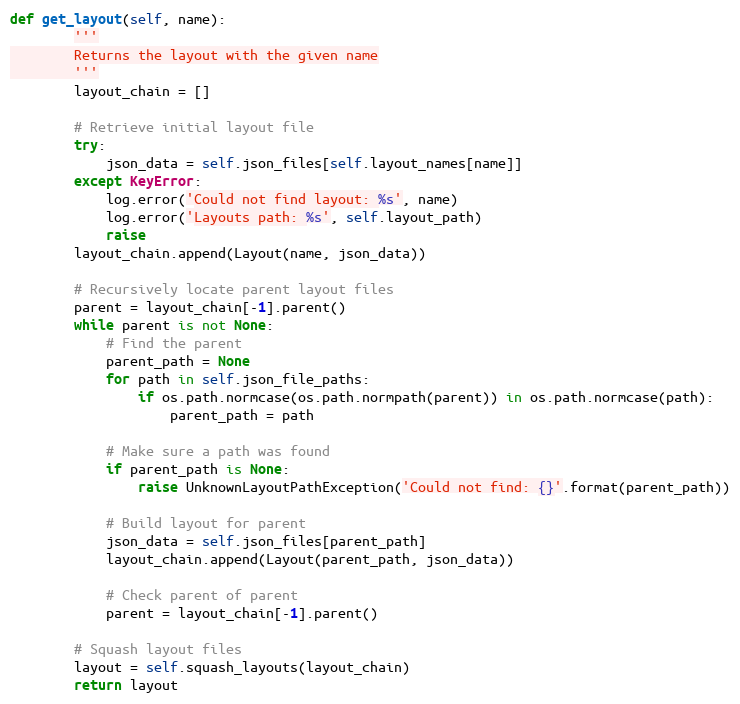
Language: Python
def get_layout(self, name):
        '''
        Returns the layout with the given name
        '''
        layout_chain = []

        # Retrieve initial layout file
        try:
            json_data = self.json_files[self.layout_names[name]]
        except KeyError:
            log.error('Could not find layout: %s', name)
            log.error('Layouts path: %s', self.layout_path)
            raise
        layout_chain.append(Layout(name, json_data))

        # Recursively locate parent layout files
        parent = layout_chain[-1].parent()
        while parent is not None:
            # Find the parent
            parent_path = None
            for path in self.json_file_paths:
                if os.path.normcase(os.path.normpath(parent)) in os.path.normcase(path):
                    parent_path = path

            # Make sure a path was found
            if parent_path is None:
                raise UnknownLayoutPathException('Could not find: {}'.format(parent_path))

            # Build layout for parent
            json_data = self.json_files[parent_path]
            layout_chain.append(Layout(parent_path, json_data))

            # Check parent of parent
            parent = layout_chain[-1].parent()

        # Squash layout files
        layout = self.squash_layouts(layout_chain)
        return layout